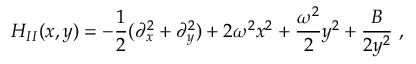
H _ { I I } ( x , y ) = - \frac { 1 } { 2 } ( \partial _ { x } ^ { 2 } + \partial _ { y } ^ { 2 } ) + 2 \omega ^ { 2 } x ^ { 2 } + \frac { \omega ^ { 2 } } { 2 } y ^ { 2 } + \frac { B } { 2 y ^ { 2 } } \ ,